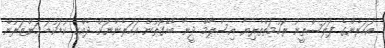
އަހަރެންގެ ފަލަސްތީނު ރަހުމަތްތެރިޔާ އިސްލާމް ދީނާ ބެހޭގޮތުން އަހަރެންނަށް ދެއްކި ކުޑަކުޑަ މަންޒަރުން